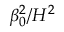
\beta _ { 0 } ^ { 2 } / H ^ { 2 }